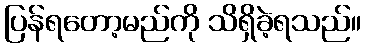
ပြန်ရတော့မည်ကို သိရှိခဲ့ရသည်။